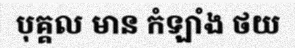
បុគ្គល មាន កំឡាំង ថយ